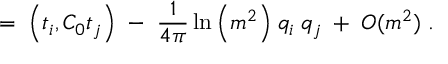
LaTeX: = \; \Big ( t _ { i } , C _ { 0 } t _ { j } \Big ) \; - \; \frac { 1 } { 4 \pi } \ln \Big ( m ^ { 2 } \Big ) \; q _ { i } \; q _ { j } \; + \; O ( m ^ { 2 } ) \; .